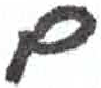
אות: ם